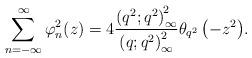
LaTeX: \begin{align*} \sum_{n=-\infty}^{\infty}\varphi_{n}^{2}(z)=4\frac{\left(q^{2};q^{2}\right)_{\infty}^{\!2}}{\left(q;q^{2}\right)_{\infty}^{2}}\theta_{q^{2}}\left(-z^{2}\right)\!. \end{align*}